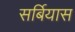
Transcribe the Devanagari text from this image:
सर्बियास